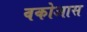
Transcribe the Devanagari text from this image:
वकोआस